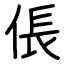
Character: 倀